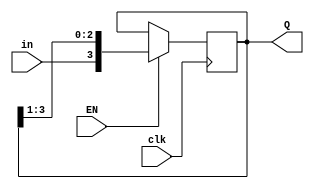
`timescale 1ns/1ps

module shiftreg(EN,in,clk,Q);
    input EN, in, clk;
    output reg [3:0] Q;

    initial
    Q = 4'b0000;

    always@(posedge clk)
    begin
        if(EN)
        Q = {in,Q[3:1]};
    end
endmodule